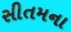
સીતમના